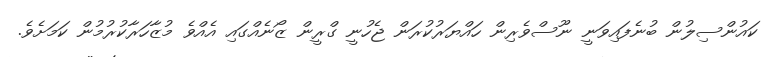
ކައުންސިލުން ބުނެފައިވަނީ ނޫސްވެރިން ހައްޔަރުކުރަން ޖެހުނީ ގްރީން ޒޯނެއްގައި އެއްވެ މުޒާހަރާކުރުމުން ކަމަށެވެ.